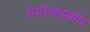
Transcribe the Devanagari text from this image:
रंगमंचासमोर